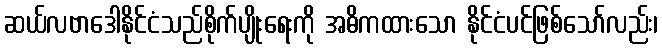
ဆယ်လဗာဒေါနိုင်ငံသည်စိုက်ပျိုးရေးကို အဓိကထားသော နိုင်ငံပင်ဖြစ်သော်လည်း၊